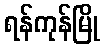
ရန်ကုန်မြို